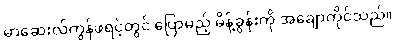
မာဆေးလ်ကွန်ဖရင့်တွင် ပြောမည့် မိန့်ခွန်းကို အချောကိုင်သည်။